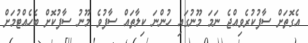
އެގޮތަށް ސާފުކުރެވިއްޖެ ނަމަ މޫނުގައި ހުންނަ ކިލާތައް ސާފުވެ މޫނު ސާފުކޮށް ބެހެއްޓުމަށް